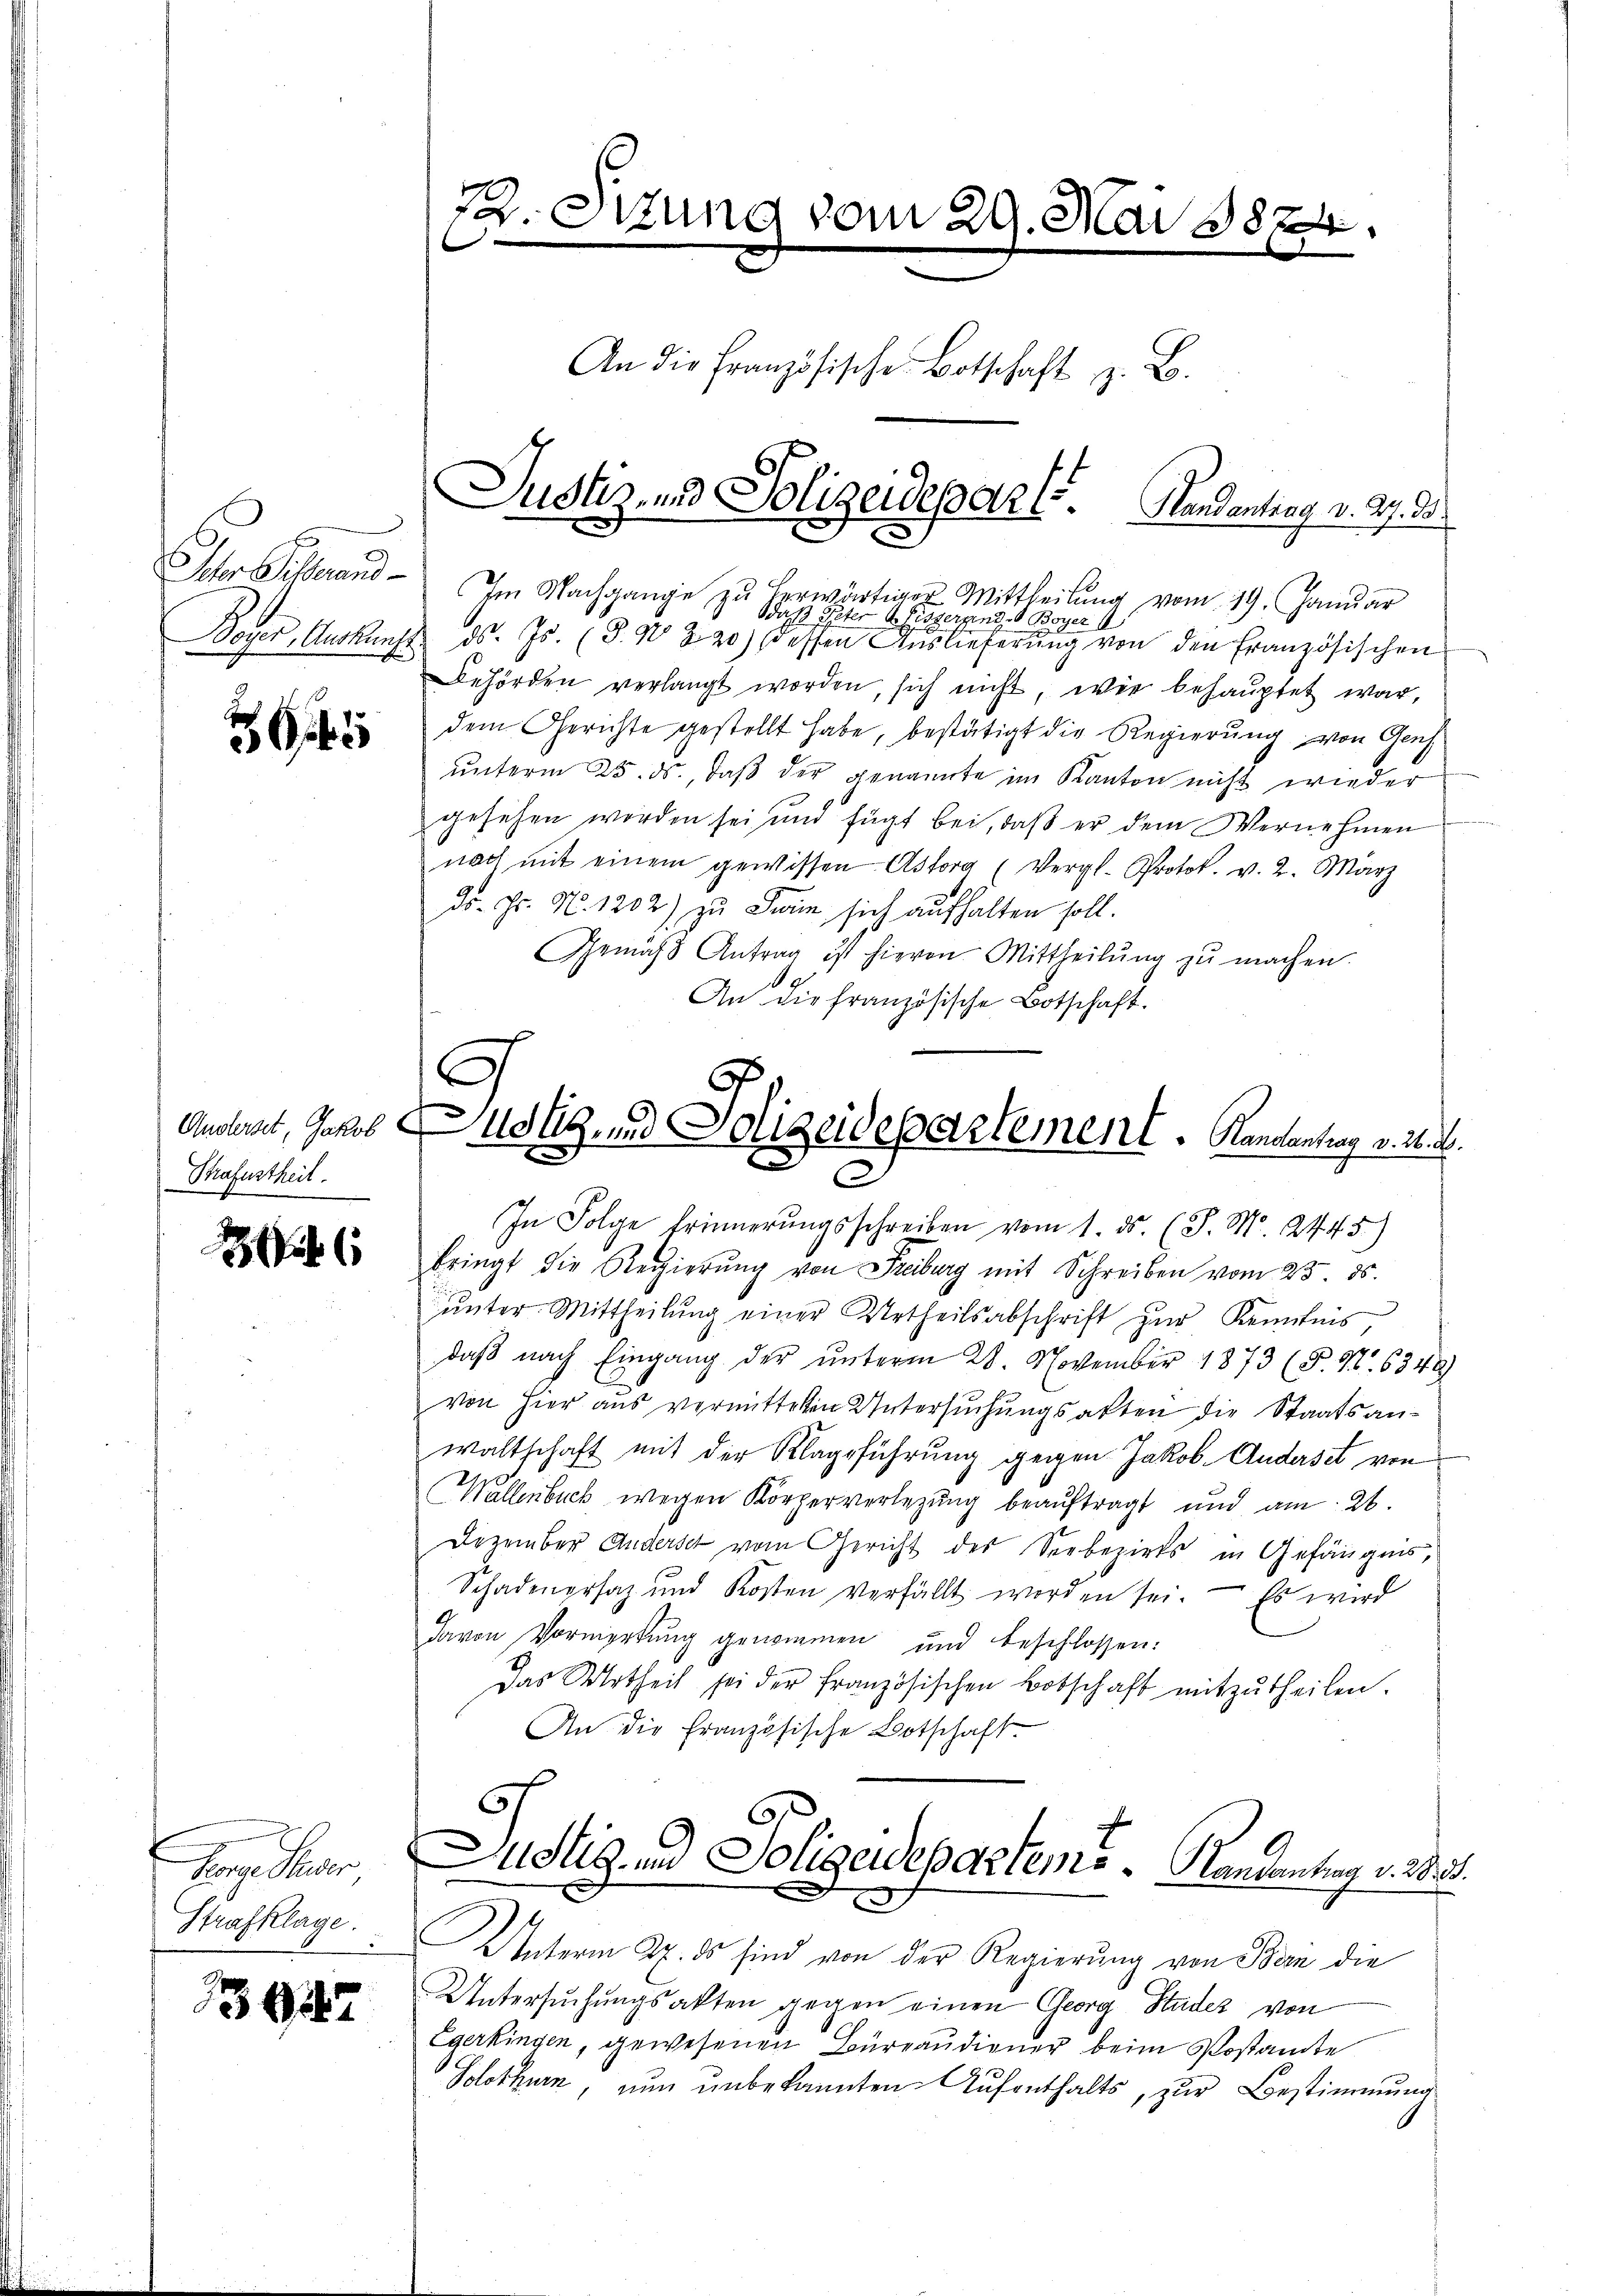
Ihr Sicherend
Boyer, Auskunft

564

Anderset, Jakob
Strafurtheil.

24

Pere Steuer
Strafklage:

13942

fer. Sitzung vom 29. Mai 1874.
An die Französische Botschaft z. B.
Justiz- und Polizeidepar l. Handentrag v. A. A

Im Nachgange zu herwärtiger Mittheilung vom 19. Januar
daß Peter 4. Eiszerrende Boyer
ds. Js. (T. N° 220) dessen Auslieferung von den Französischen
Behörden verlangt worden, sich nicht, wie behauptet war,
dem Gerichte gestellt habe, bestätigt die Regierung von Gensunterm 25. ds., daß der genannte im Kanton nicht wieder
gesehen worden sei und fügt bei, daß er dem Vernehmen
nach mit einem gewissen Astorg (Vergl. Protok. v. 2. März
ds. Hr. N. 1202) zu Ferie sich aufhalten soll.
Gemäss Antrag ist hievon Mittheilŭng zŭ machen.
An die französische Botschaft.
C

b
Adlg, und Polizeidepartement. Randantrag v. 26. d.
e

In Folge Erinnerungsschreiben vom 1. ds. (T. Mo. 2445)
bringt die Regierŭng von Freiburg mit Schreiben vom 23. ds.
ŭnter Mittheilŭng einer Urtheilsabschrift zŭr Kenntnis,
daβ nach Eingang der unterm 28. November 1873 (S. Nr. 6349)
von hier aus vermitteten Untersuchungsakten die Staatsanwaltschaft mit der Klagsführung gegen Jakob Anderset von
Wallenbuck wegen Körperverlegung beaŭftragt und am 26.
Dezember Anderse vom Gericht des Seebezirks in Gefängnis,
Schadenersaz und Kosten verfällt worden sei. Es wird
davon Vormerkung genommen und beschlossen:
Das Urtheil sei der französischen Botschaft mitzŭtheilen.
An die Französische Botschaft.

Unterm 27. ds sind von der Regierung von Bern die
Untersŭchŭngsakten gegen einen Georg Studes von
Egerkingen, gewesenen Bureaudiener beim Postamte
Solothurn nun unbekannten Aufenthalts, zur Bestimmung

Justiz- und Polizeideparteme  ..  Handentrag v. 28. 35.